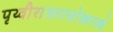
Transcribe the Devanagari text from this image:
पृथ्वीराजरासोकाव्यं